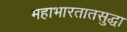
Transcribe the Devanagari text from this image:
महाभारतातसुद्धा